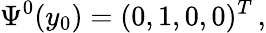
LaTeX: \Psi^{0}(y_{0})=(0,1,0,0)^{T}\, ,